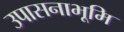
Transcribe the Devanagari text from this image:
उपासनाभूमि